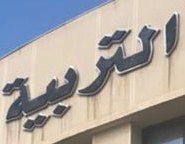
التربية